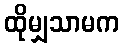
ထိုမျှသာမက